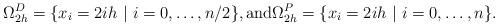
LaTeX: \begin{align*}\Omega_{2h}^D = \{x_i = 2ih \ | \ i = 0,\ldots, n/2\},\mbox{and}\Omega_{2h}^P = \{x_i = 2ih \ | \ i = 0,\ldots, n\}.\end{align*}